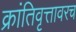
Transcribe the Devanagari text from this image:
क्रांतिवृत्तावरच